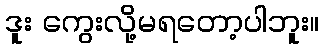
ဒူး ကွေးလို့မရတော့ပါဘူး။